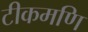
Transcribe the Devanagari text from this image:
टीकमणि